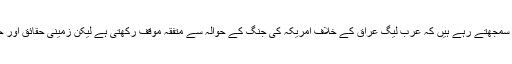
ان کا یہ ارشاد ہمارے لیے انکشاف کا درجہ رکھتا ہے اس لیے کہ ہم اس سے قبل یہ سمجھتے رہے ہیں کہ عرب لیگ عراق کے خلاف امریکہ کی جنگ کے حوالہ سے متفقہ موقف رکھتی ہے لیکن زمینی حقائق اور جنگی حالات کے باعث عرب ممالک اس جنگ کو روکنے میں فی الواقع بے بس ہیں۔